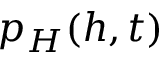
p _ { H } ( h , t )